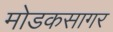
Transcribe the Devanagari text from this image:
मोडकसागर